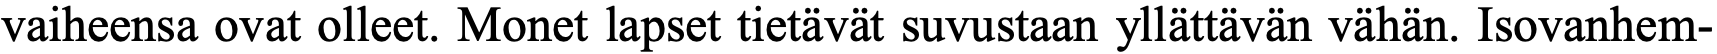
vaiheensa ovat olleet. Monet lapset tietävät suvustaan yllättävän vähän. Isovanhem-